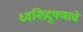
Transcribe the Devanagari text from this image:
ध्वनिप्रदूषणाचे